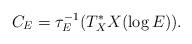
LaTeX: \begin{align*}C_{E}=\tau_{E}^{-1}(T^{*}_{X}X(\log E)).\end{align*}